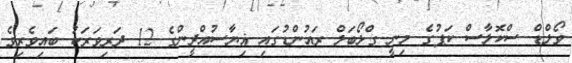
ވޯލްޑް ސްކޮލާސް ކަޕުގެ މިނީ ގްލޯބަލް ރައުންޑުގައި ޣިޔާސުއްދީންގެ 12 ދަރިވަރަކު ބައިވެރިވެ